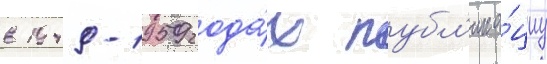
в 1949-1959 года́х публ'ика́циу